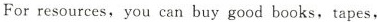
For resources,you can buy good books, tapes.